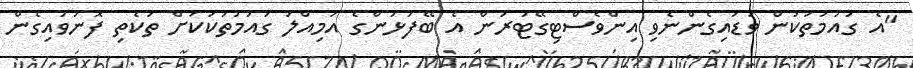
"އެ ގައުމުތަކުން ވަޑައިގެންނެވި އިންވެސްޓިގޭޓަރުން އެ ބޭފުޅުންގެ އަމިއްލަ ގައުމުތަކަކަށް ތަކެތި ފޮނުވައިގެން